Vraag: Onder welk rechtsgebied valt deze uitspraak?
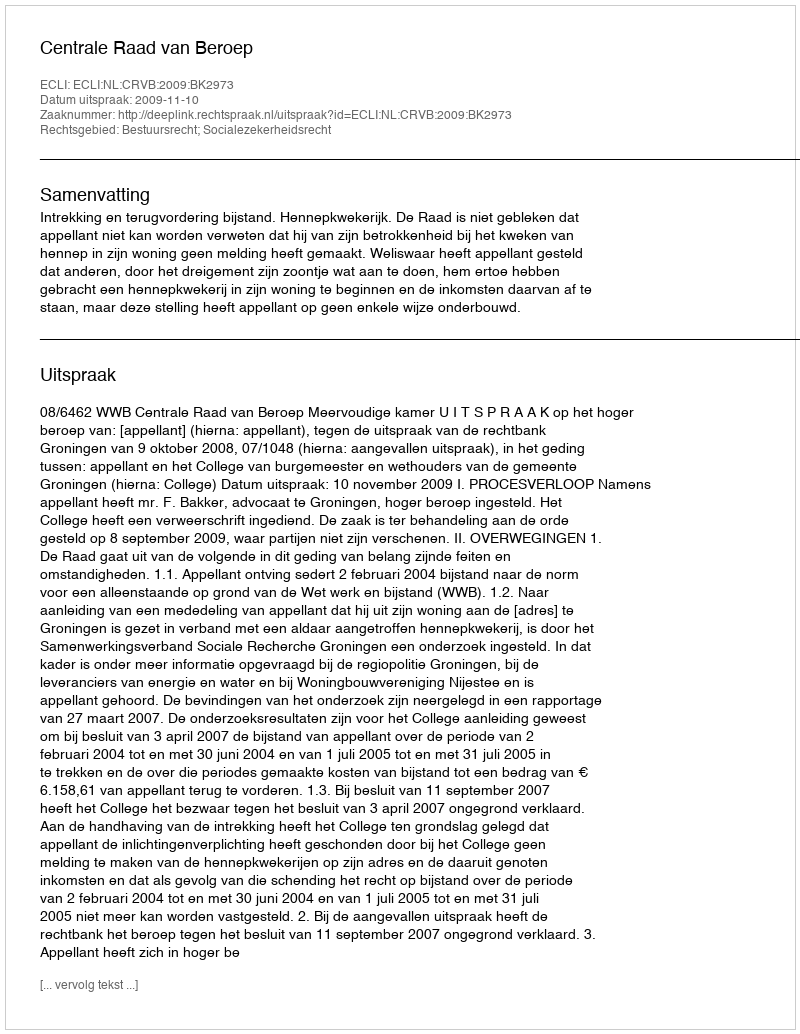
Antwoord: Bestuursrecht; Socialezekerheidsrecht